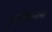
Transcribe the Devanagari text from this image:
इस्तीफानामा